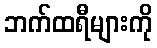
ဘက်ထရီများကို